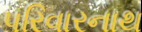
પરિવારનાથ